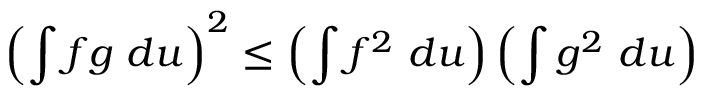
\left( \int f g ~ d u \right) ^ { 2 } \leq \left( \int f ^ { 2 } ~ d u \right) \left( \int g ^ { 2 } ~ d u \right)